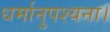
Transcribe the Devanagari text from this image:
धर्मानुपश्यना।